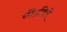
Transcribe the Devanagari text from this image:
नोंदविलॆ